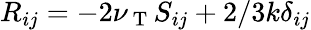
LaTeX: {R}_{ij}=-2\nu_{\mathrm{~T~}}{S}_{ij}+2/3k\delta_{ij}